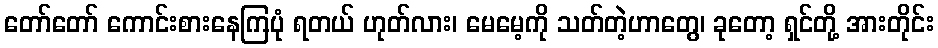
တော်တော် ကောင်းစားနေကြပုံ ရတယ် ဟုတ်လား၊ မေမေ့ကို သတ်တဲ့ဟာတွေ၊ ခုတော့ ရှင်တို့ အားတိုင်း